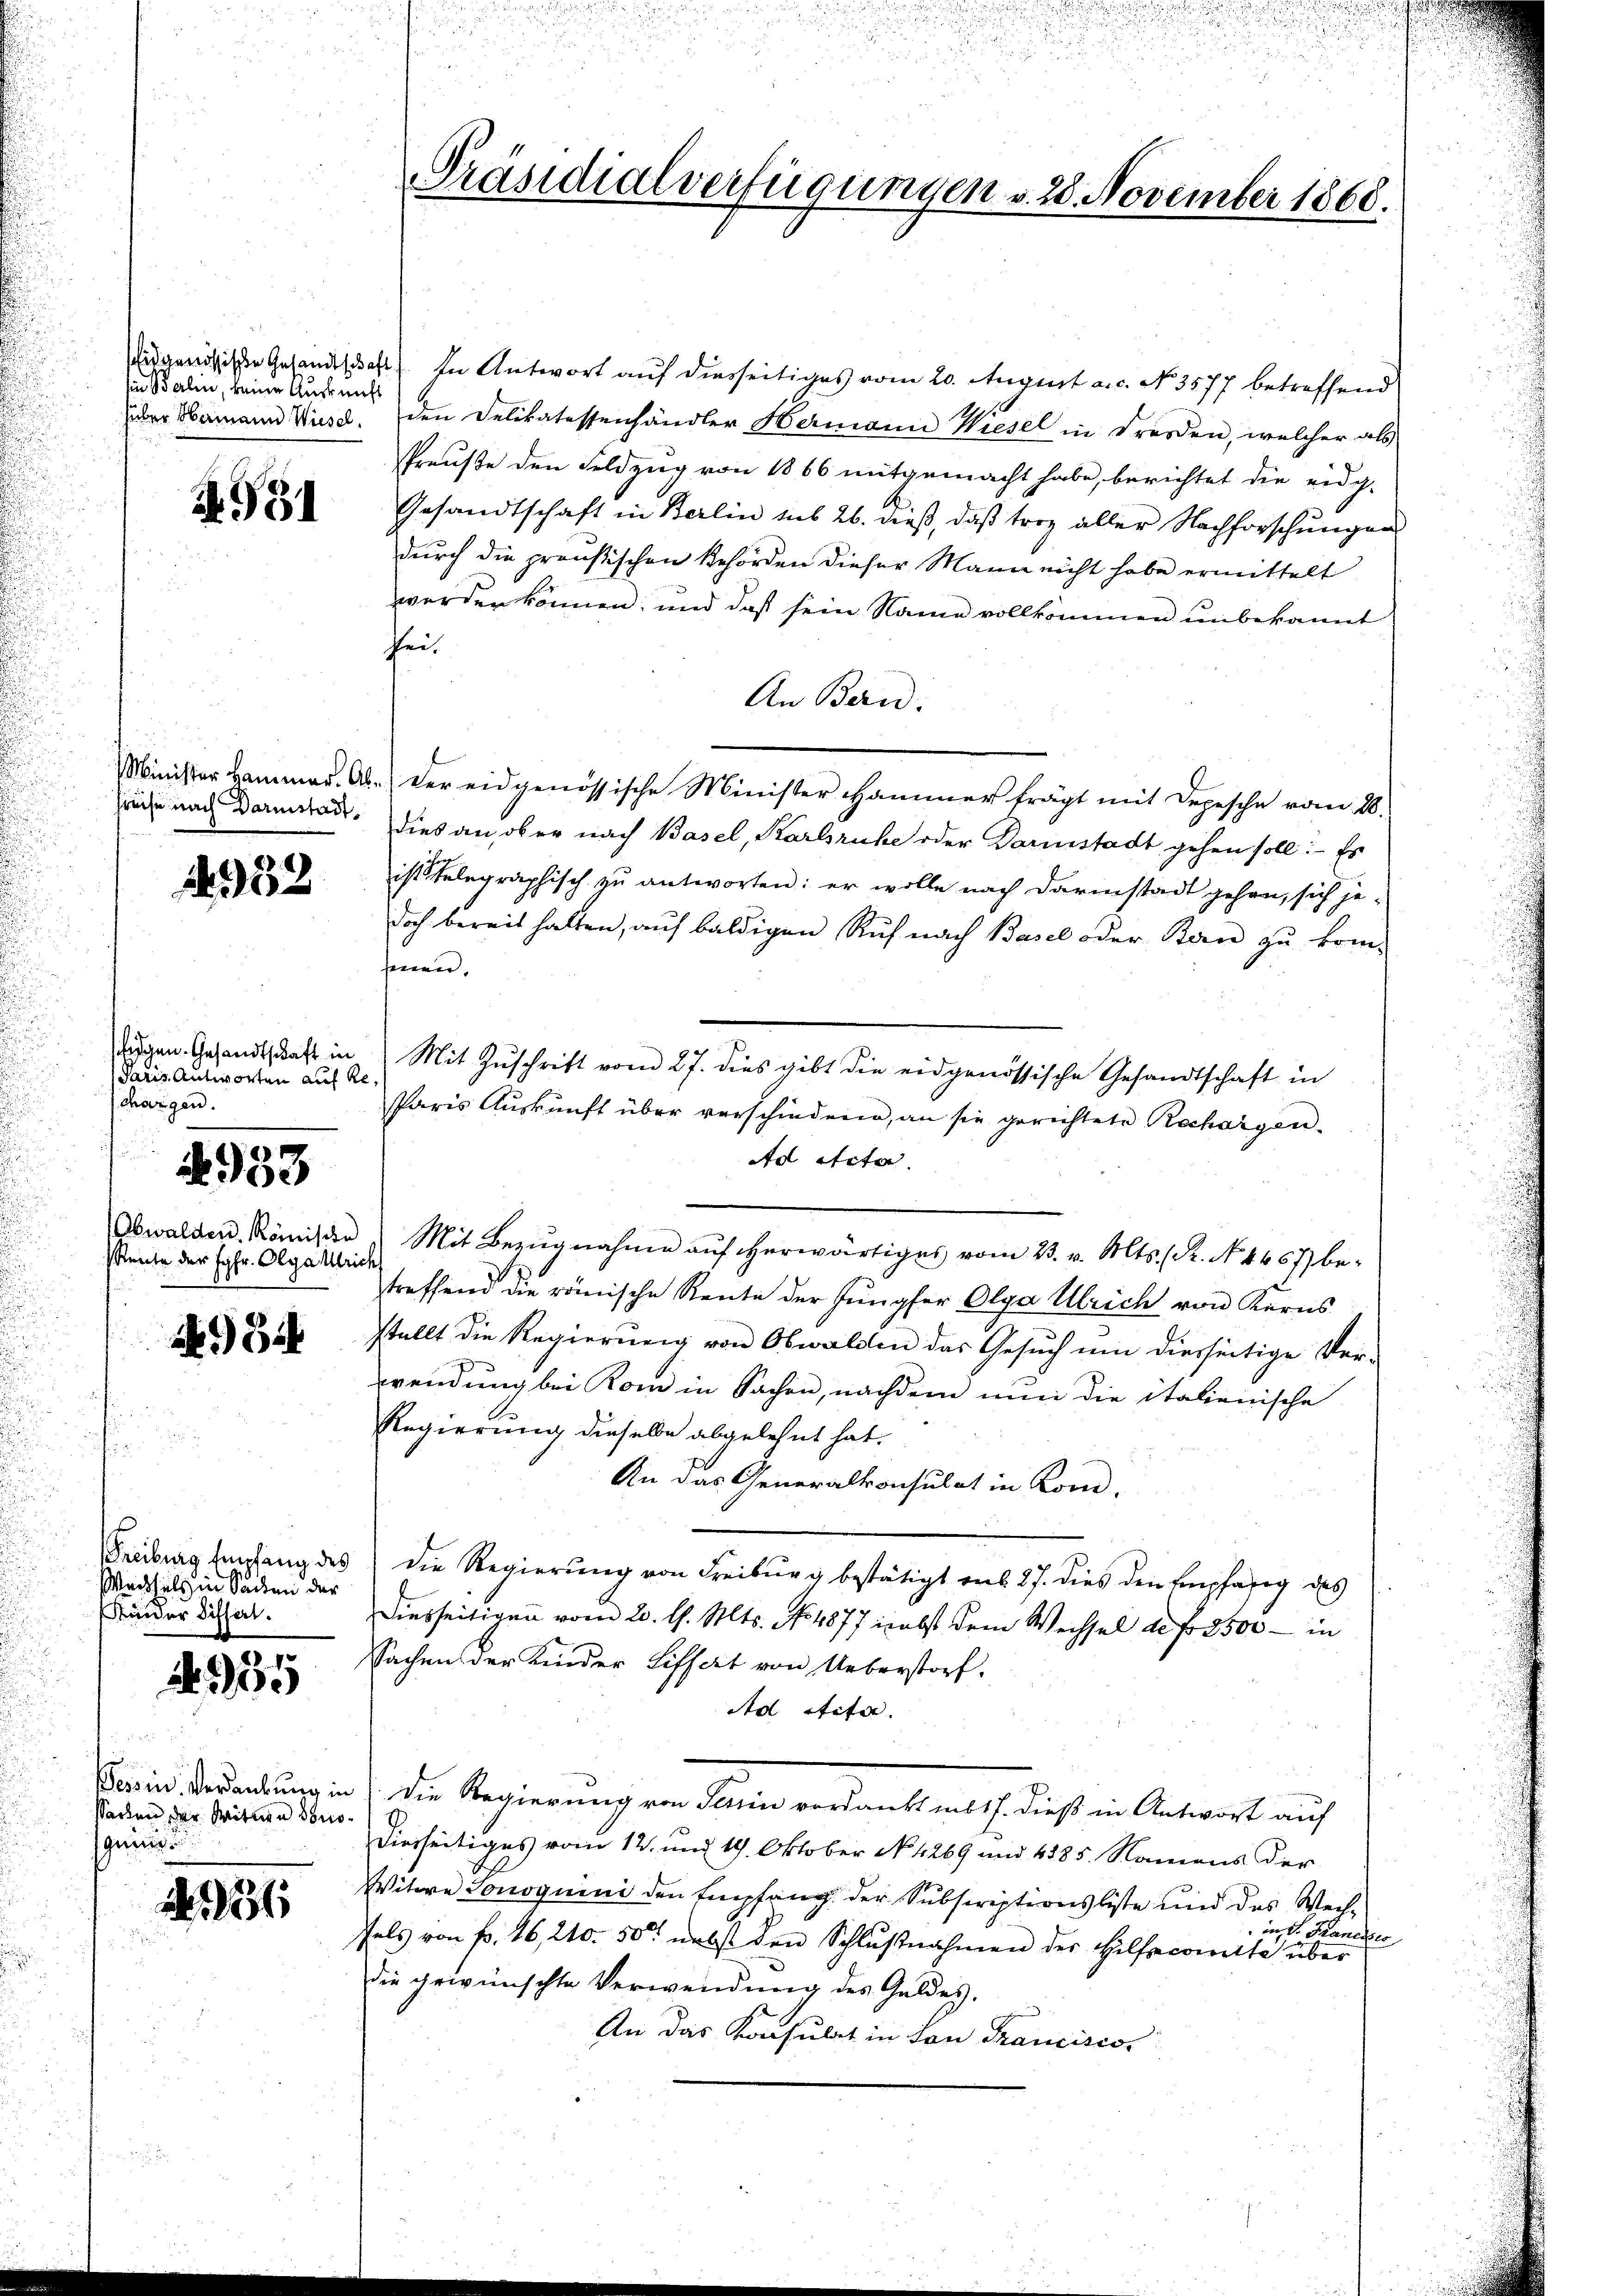
sien Berlin, keine Auskunft

N. 951

Preise nach Darmstadt¬

432

Paris Antworten auf Re
chargen.

933

Rente der Jgfr. Olgastrich

34

Freiburg Empfang des
Wertheils in Sachen der
Kinder Differl.

N 1935

Besin. Verdankung in
Sachen der Mitten Seniosgründ

1926

idgenössische Gesandtschaft) In Antwort auf diesseitiges vom 20. August a.c. No. 3577 betreffend
Eder Mamann Wiese. Den Delikatessenhändler Hermann Wiesel in Freiden, welcher als
Preuße den Feldzug von 1866 mitgemacht habe, berichtet die eidg-
Gesandtschaft in Berlin sub 26. dieß, daß troz aller Nachforschungen
durch die preußischen Behörden dieser Mann nicht habe ermittelt
werden können; und daß sein Name vollkommen unbekannt
fei.
An Bern.
Minister Hammer. Ab. der eidgenössische Minister Hammer frägt mit Depesche vom 28.
dies an, ob er nach Basel, Karlsruhe oder Darmstadt gehen soll: Es
ist telegraphisch zu antworten: er wolle nach Darmstadt gehen, sich je-
doch bereit halten, auf baldigen Ruf nach Basel oder Bern zu kom-
ferner,
.
digen Gesandtschaft in Mit Zŭschrift vom 27. dies gibt die eidgenössische Gesandtschaft in
Paris Auskunft über verschiedene, an sie gerichtete Rechargen-
Ad Acta
Obwalden Römisce. Mit Bezŭgnahme aŭf herwärtiges vom 23. v. Mts. (R. N. 4467) be-
treffend die römische Rente der Jungfer Olga Ulrich von Kerns
stellt die Regierung von Obwalden das Gesuch um diesseitige Ver-
wendung bei Kom in Sachen, nachdem nun die italienische
Regierung dieselbe abgelehnt hat.
An das Generalkonsulat in Kon-
die Regierung von Freiburg bestätigt aus 27. dies den Empfang des
Diesseitigen vom 20. l. Mts. No 4877 inebst dem Wechsel de fr. 3500 — in
sSachen der Kinder Liffert von Ueberstorf,
Ad Stifer.
Die Regierung von dann verdanktenlich, dieß in Antwort auf
dierseitiges vom 12. und 19. Oktober No. 4269 und 4385. Namens der
Witwe Jonoguini den Empfang der Subscriptionsliste und des Wech¬
 in dr. Francises
fels von fr. 46, 210. 50 nebst den Schlŭβnahmen der Hilfscomitte über
die gewünschte Verwendung des Geldes,
An das Konsulat in San Francisco

Präsidialverfügungen v. 28. November 1868.